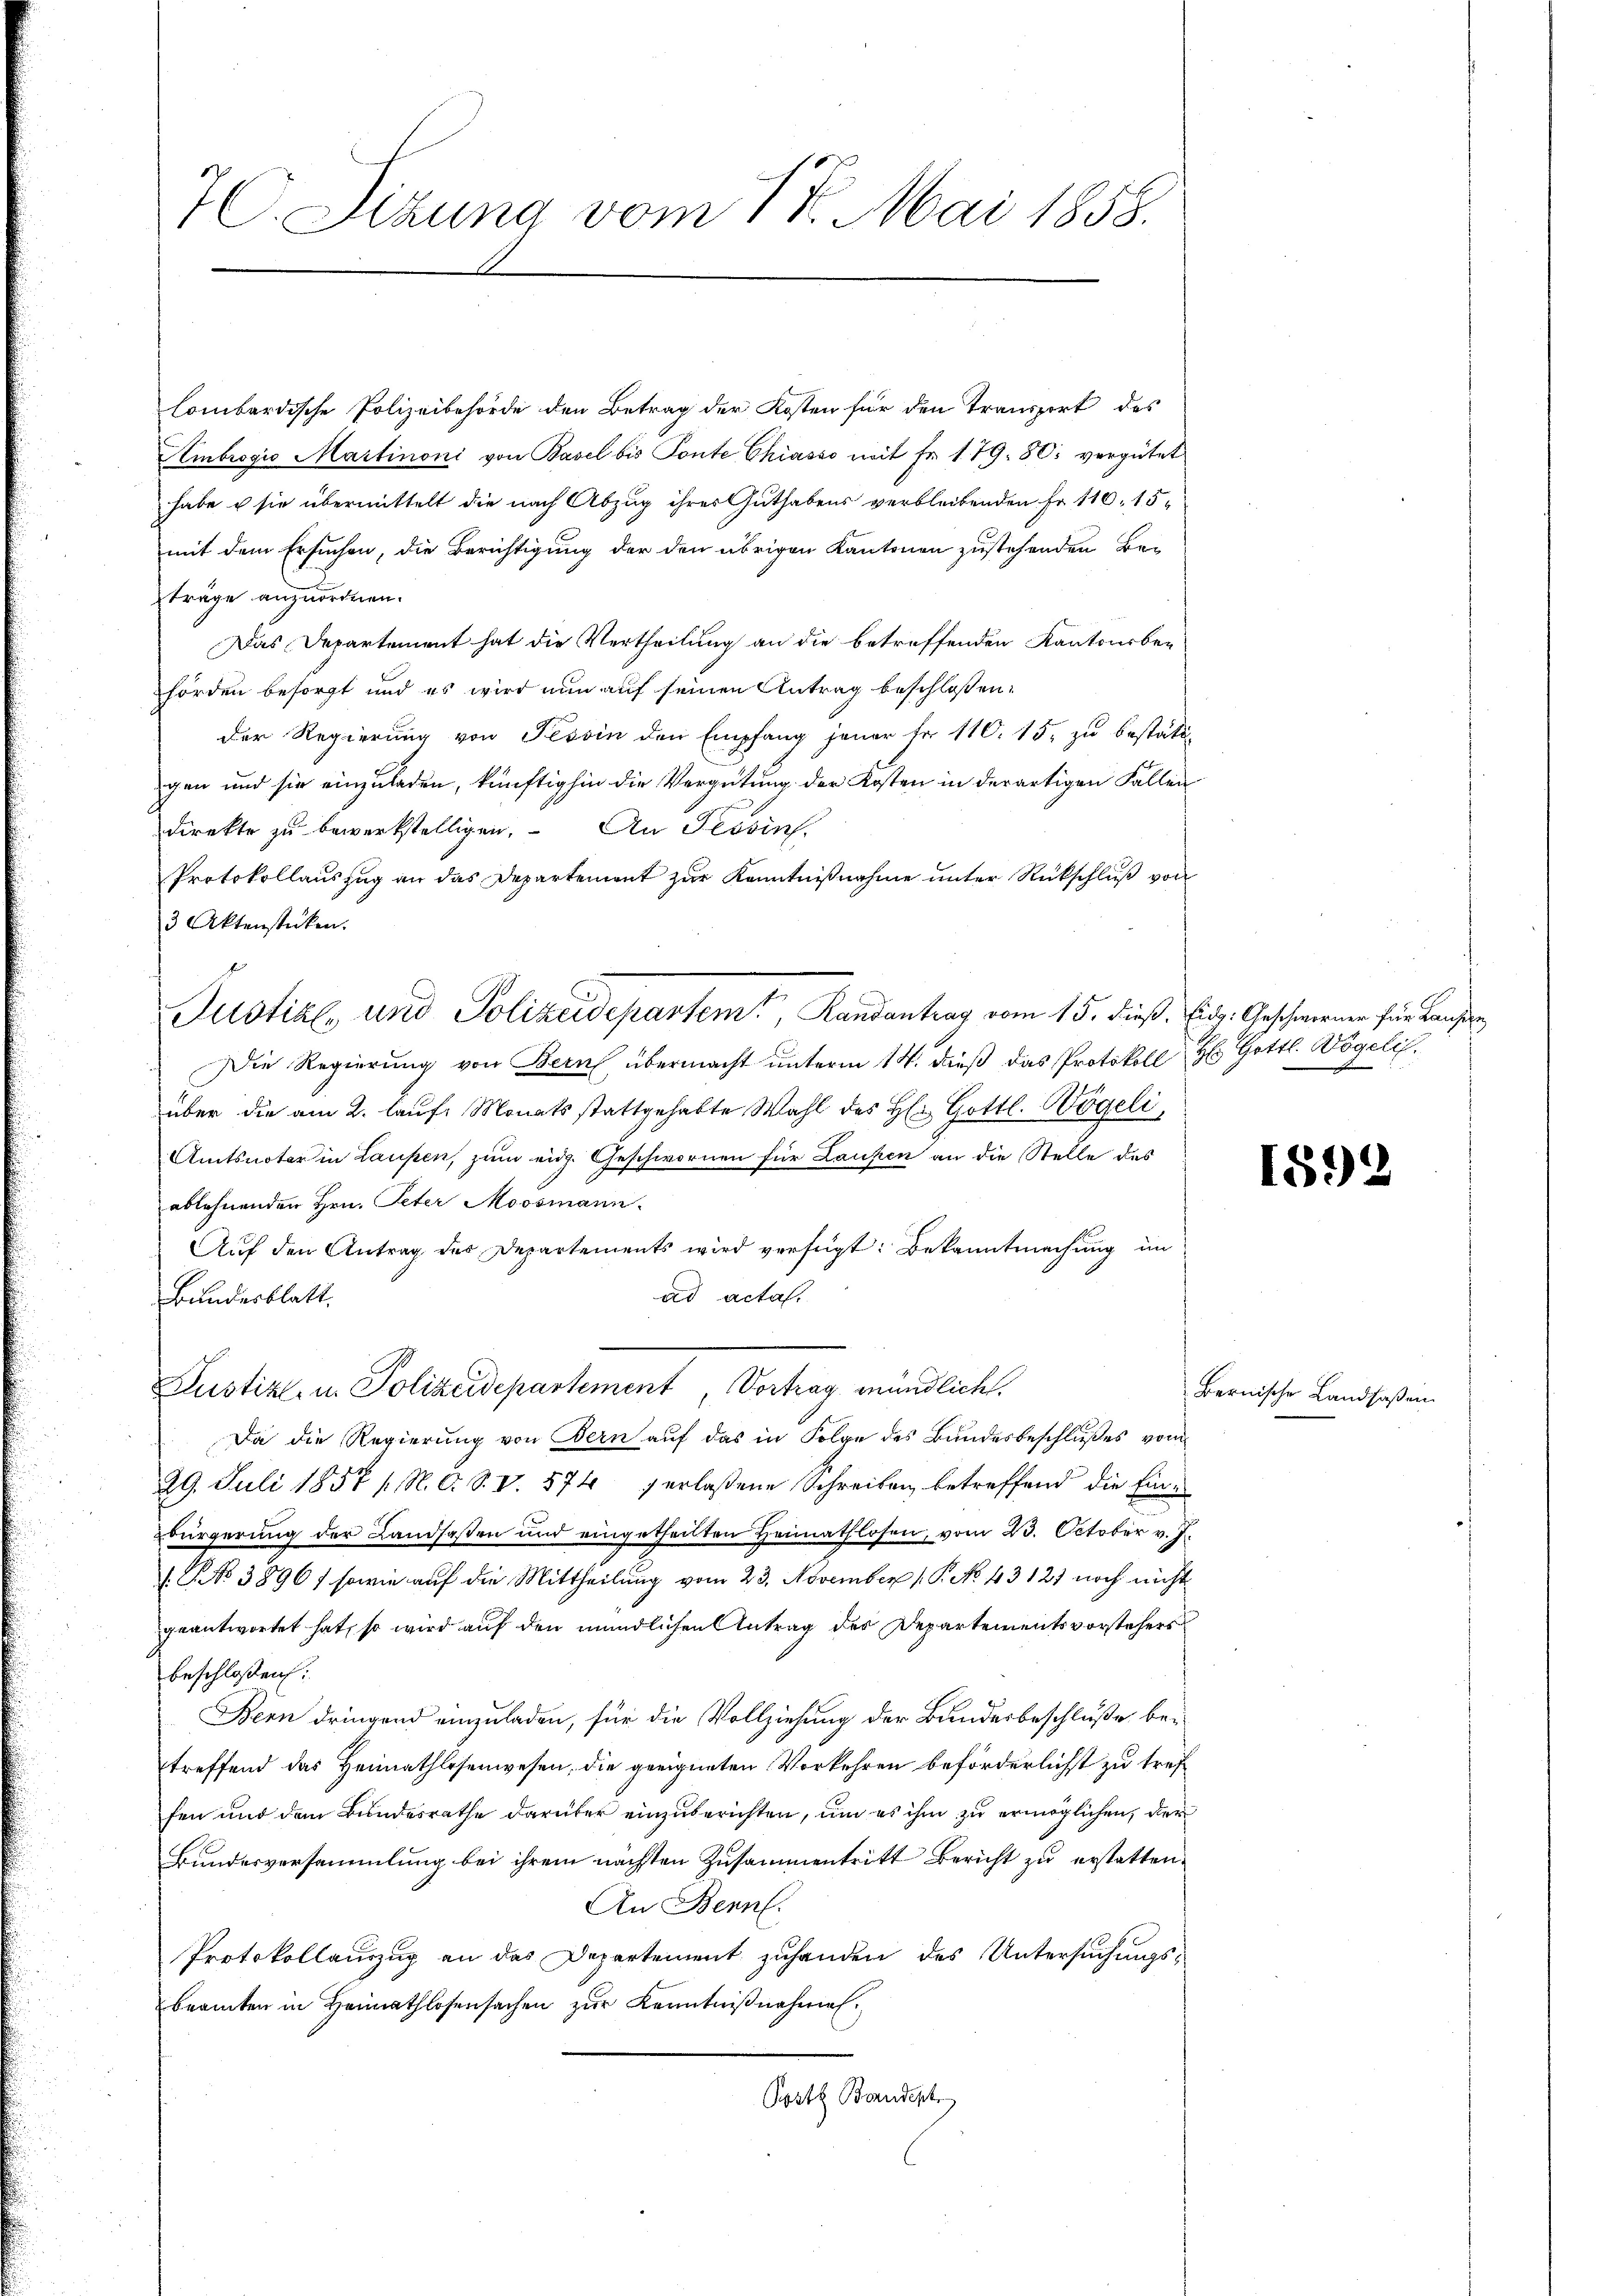
7C. Sizung vom 18. Mai 1858.

lombardische Polizeibehörde den Betrag der Kosten für den Transport des
Ambrogio Martinoni von Basel bis Ponte Chiasso mit Fr. 179. 80. vergütet
habe u sie übermittelt die nach Abzug ihres Guthabens verbleibenden Fr. 116, 15
mit dem Ersuchen, die Berichtigung der den übrigen Kantonen zustehenden Beträge anzuordnen.
Das Departement hat die Vertheilung an die betreffenden Kantonsbehörden besorgt und es wird nun auf seinen Antrag beschloßen:
der Regierung von Tessin den Empfang jener Fr. 110. 15. zu bestäti-
gen und sie einzuladen, künftighin die Vergütung der Kosten in derartigen Fallen
direkte zu bewerkstelligen. An Tessin.
Protokollauszug an das Departement zur Kenntnißnahme unter Rückschluß von
3 Aktenstücken.
Die Regierung von Bern übermacht unterm 14. dieß das Protokoll H: Gottl. Vögelis.
über die am 2. lauf Monats stattgehabte Wahl des H: Gottl. Wögeli,
Amtsnotar in Laupen, zum eidg. Geschwornen für Laufen an die Stelle des
ablehnenden Hrn. Peter Moosmann.
Aŭf den Antrag des Departements wird verfügt: Bekanntmachŭng im
ad acta.
Bundesblatt.
Justiz- u. Polizeidepartement Vortrag mündlich.
Da die Regierŭng von Bern aŭf das in Folge des Bŭndesbeschlŭβes vom
29. Juli 1857 / N. O. S. V. 574 verlaßene Schreiben betreffend die Einbürgerung der Landsaßen und eingetheilten Heimathlosen, vom 23. October v. J.
1 No 3896) sowie auf die Mittheilung vom 23. November 1. P. No. 43121 noch nicht
geantwortet hat, so wird auf den mündlichen Antrag des Departementsvorstehers
beschloßen:
Bern dringend einzuladen, für die Vollziehung der Bundesbeschluße betreffend das Heimathlosenwesen, die geeigneten Vorkehren beförderlichst zu treffen und dem Bundesrathe darüber einzuberichten, um es ihm zu ermöglichen, der
Bundesversammlung bei ihrem nächsten Zusammentritt Bericht zu erstatten.
An Bern.
Protokollauszug an das Departement zuhanden des Untersuchungsbeamten in Heimathlosensachen zur Kenntnißnahmen.
Post Baudeph

Justizl, und Polizeidepartem Randantrag vom 15. dieß. Eidg. Geschwerner für Laufen

1592

Bernische Landsaßen